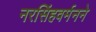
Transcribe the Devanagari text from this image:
नरसिंहवर्मनने